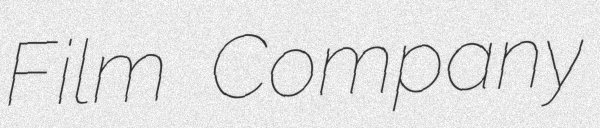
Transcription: Film Company